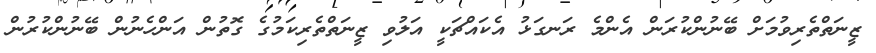
ޒީނަތްތެރިވުމަށް ބޭނުންކުރަން އެންމެ ރަނގަޅު އެކައްޗަކީ އަލުވި ޒީނަތްތެރިކަމުގެ ގޮތުން އަންހެނުން ބޭނުންކުރުން